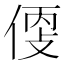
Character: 𠊳